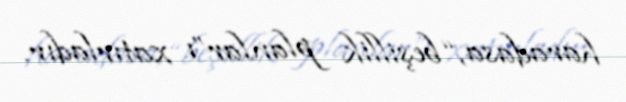
haradasa, “beşillik planlar”ı xatırladır.